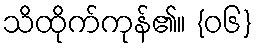
သိထိုက်ကုန်၏။ {၀၆}